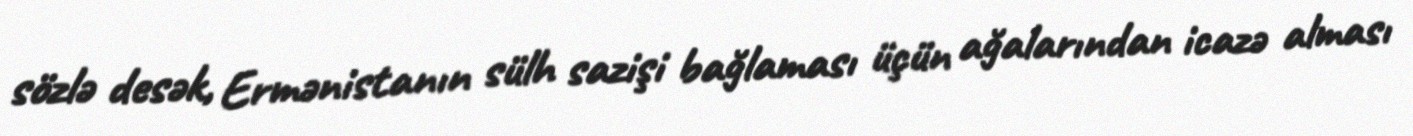
sözlə desək, Ermənistanın sülh sazişi bağlaması üçün ağalarından icazə alması